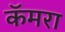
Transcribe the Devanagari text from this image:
कॅमरा